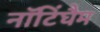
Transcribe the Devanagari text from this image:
नॉटिंघैम